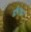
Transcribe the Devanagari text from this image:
डीएफए